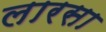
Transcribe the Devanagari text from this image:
लारसा